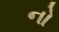
નો